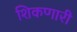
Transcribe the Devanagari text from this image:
शिकणारी